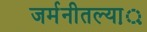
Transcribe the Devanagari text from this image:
जर्मनीतल्या़़